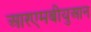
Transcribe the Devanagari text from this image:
आरएमबीयुआन